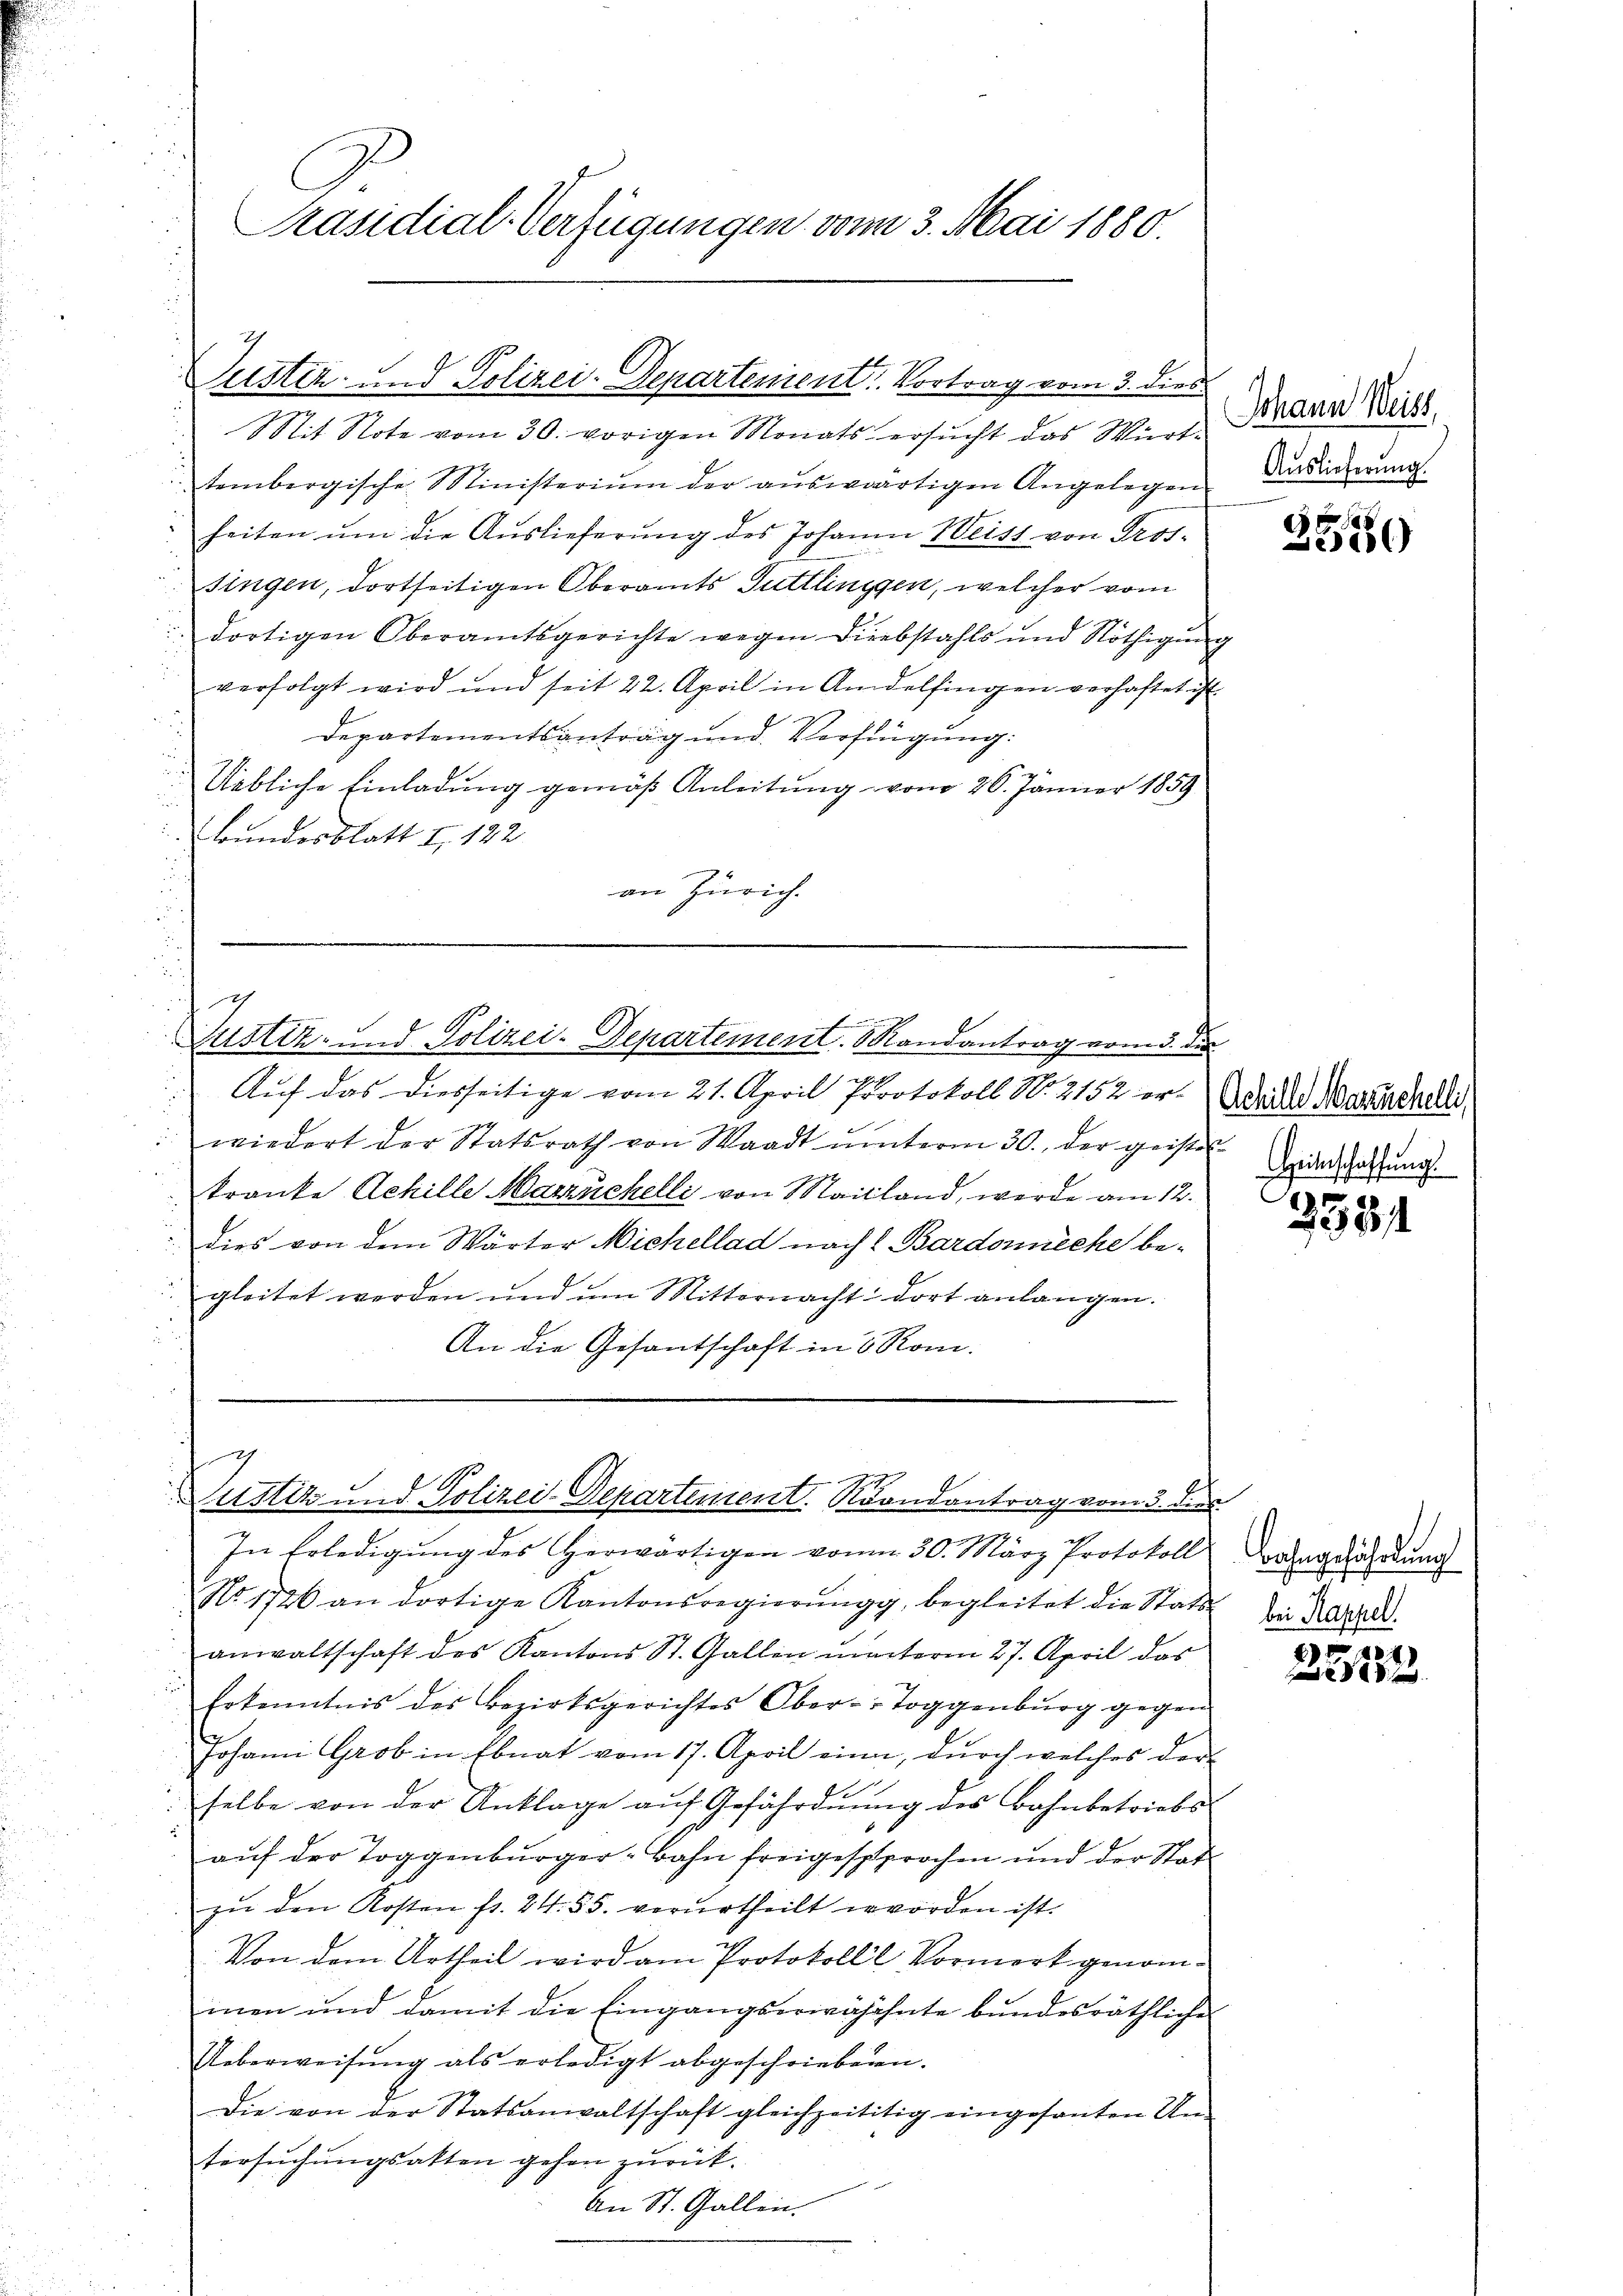
Nit Note vom 30. vorigen Monats ersŭcht das Württembergische Ministerium der auswärtigen Angelegen
heiten ŭm die Auslieferŭng des Johann Weiss von Pros-
singen, dortseitigen Oberamts Tuttlinggen, welcher vom
dortigen Oberamtsgerichte wegen Diebstahls und Nöthigung
verfolgt wird und seit 22. April in Andelfingen verhaftet ist.
Departementsantrag und Verfügung:
Uebliche Einladung gemäß Anleitung vom 26. Jänner 1859
Bundesblatt f. 122.
an Zürich.

C
Präsidial-Verfügungen vom 3. Mai 1880.

Justiz- und Polizei-Departenient. Vortrag vom 3. dies

h

Auf das diesseitige vom 21. April Protokoll N. 2152 orwiedert der Statsrath von Waadt ŭnterm 30. der geister Einschaffŭng
kranke Achille Marzüchelli von Mailand, werde am 12.
 dies von dem Wärter Michellad nach I Bardonnieche be-
d
gleitet werden und um Mitternacht dort anlangen.
An die Gesantschaft in 6 Rom.

f
Zustiz- und Polizei-Departement. Mandantrag vom 5. die

g
g
Nustiz und Polizei-Departement. Arandantrag vom 3. dies

In Erledigung des Herwärtigen von 30. März Protokoll
No. 1726 an dortige Kantonsregierŭngg, begleitet die Stats von Lazard.
anwaltschaft des Kantons St. Gallen unterm 27. April das
n
Erkenntnis des Bezirksgerichtes Ober-Toggenburg gegen
Johann Grob in Ebnat vom 17. April eine, durch welches der
selbe von der Anklage aŭf Gefährdnŭng des Bahnbetriebs
auf der Toggenburger-Bahn freigesprochen und der Statzŭ den Kosten fr. 24. 55. verurtheilt worden ist.
Von dem Urtheil wird am Protokoll Vormerk genominen und damit die Eingangserwähöhnte bundesräthliche
Ueberweisŭng als erledigt abgeschriebenen.
Die von der Statsanwaltschaft gleichzeititig eingesanten Un-
tersuchungsakten gehen zurück¬
An St. Gallen.

Johann Weiss,
Auslieferung.

3550

Achille Marruchelli

3531

Bahngefährdung

E